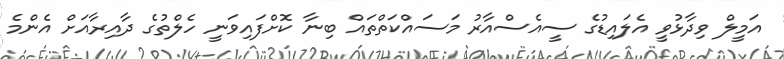
އަމީލް ވިދާޅުވީ އެލައިޑުގެ ސީއެސްއާރު މަސައްކަތްތައް ބިނާ ކޮށްފައިވަނީ ހެލްތުގެ ދާއިރާއަށް އެންމެ